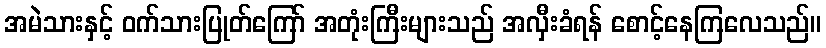
အမဲသားနှင့် ဝက်သားပြုတ်ကြော် အတုံးကြီးများသည် အလှီးခံရန် စောင့်နေကြလေသည်။